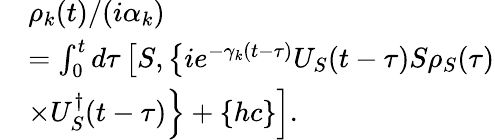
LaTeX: \begin{array}{rl}&{{\rho}_{k}(t)/(i{\alpha}_{k})}\\ &{=\int_{0}^{t}{d\tau}\left[S,\left\{ i{{e}^{-{{\gamma}_{k}}(t-\tau)}}{{U}_{S}}(t-\tau)S{{\rho}_{S}}(\tau)\right.\right.}\\ &{\left.\left.\times U_{S}^{\dagger}(t-\tau)\right\} +\left\{ hc\right\} \right].}\end{array}